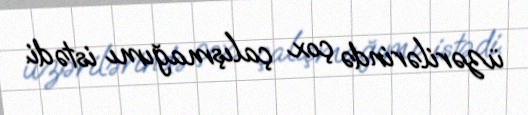
üzərilərində çox çalışmağımı istədi.